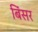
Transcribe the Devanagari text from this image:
बिंसर